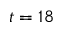
t = 1 8